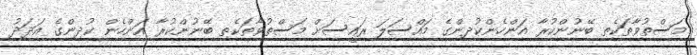
މަސްތުވާތަކެތި ބޭނުންކުރާ އަންހެންކުދިންގެ މައްސަލަ ރައީސަށް މަސްތުވާތަކެތި ބޭނުންކުރާ އަންހެން ކުދިންގެ އަދަދު